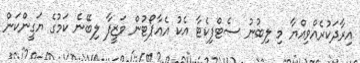
އިރާދަކުރެއްވިއްޔާ މި ލިބުނު ސެޓްފިކެޓާ އެކު އެއާޕޯޓުން ވަޒީފާ ލިބޭނެ ކަމުގެ ޔަގީންކަން